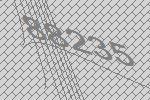
88235